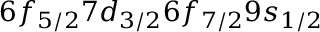
6 f _ { 5 / 2 } 7 d _ { 3 / 2 } 6 f _ { 7 / 2 } 9 s _ { 1 / 2 }